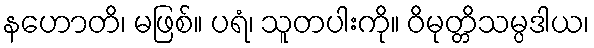
နဟောတိ၊ မဖြစ်။ ပရံ၊ သူတပါးကို။ ဝိမုတ္တိသမ္ပဒါယ၊